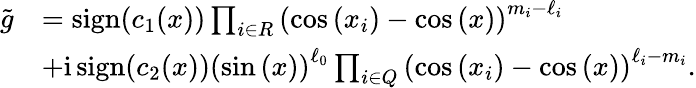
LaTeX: \begin{array}{rl}{\widetilde{g}}&{=\operatorname{sign}(c_{1}(x))\prod_{i\in R}\left(\cos{(x_{i})}-\cos{(x)}\right)^{m_{i}-\ell_{i}}}\\ &{+\mathrm{i}\operatorname{sign}(c_{2}(x))\left(\sin{(x)}\right)^{\ell_{0}}\prod_{i\in Q}\left(\cos{(x_{i})}-\cos{(x)}\right)^{\ell_{i}-m_{i}}.}\end{array}